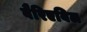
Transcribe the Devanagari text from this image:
वैरिएबिल